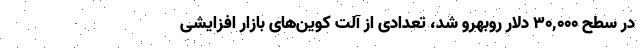
در سطح ۳۰,۰۰۰ دلار روبهرو شد، تعدادی از آلت کوین‌های بازار افزایشی